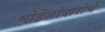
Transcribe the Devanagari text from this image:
मोहेंजोदारोचे